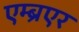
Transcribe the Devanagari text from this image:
एम्ब्रएर